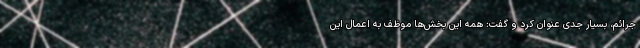
جرائم، بسیار جدی عنوان کرد و گفت: همه این بخش‌ها موظف به اعمال این